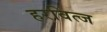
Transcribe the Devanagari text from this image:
हरवित्ज